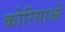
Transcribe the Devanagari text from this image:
कोरियाओ